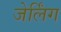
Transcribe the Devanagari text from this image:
जेर्लिंग